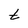
Character: t